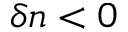
\delta n < 0